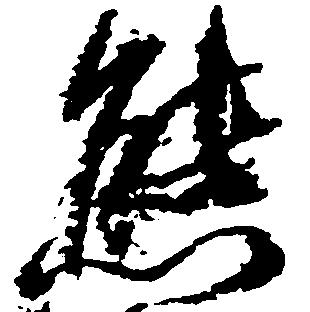
熊